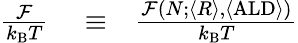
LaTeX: \begin{array}{rlr}{\frac{\mathcal{F}}{k_{\mathrm{B}}T}}&{{}\equiv}&{\frac{\mathcal{F}(N;\langle R\rangle,\langle\mathrm{ALD}\rangle)}{k_{\mathrm{B}}T}}\end{array}